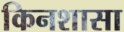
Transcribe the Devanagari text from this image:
किनशासा